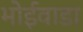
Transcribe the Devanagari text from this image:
भोईवाडा